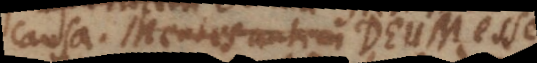
causa, Mentes autem Deum esse